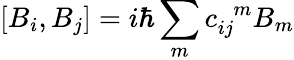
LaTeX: \left[B_{i},B_{j}\right]=i\hbar\sum_{m}c_{ij}^{\; \; m}B_{m}